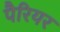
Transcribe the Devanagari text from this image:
पैरियर